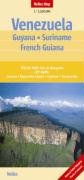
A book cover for Venezuela (Guyana, Suriname, French Guiana) Map by Nelles (Nelles Map) (English, French and German Edition); Nelles Verlag; Travel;